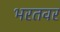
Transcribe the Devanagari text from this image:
भरतवर